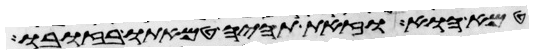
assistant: טמא הוא וזאת תהיה טמאתו בזובו